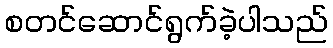
စတင်ဆောင်ရွက်ခဲ့ပါသည်